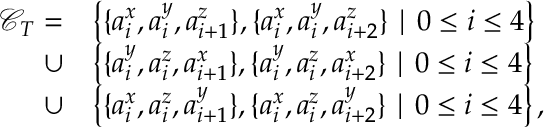
\begin{array} { r l } { \mathcal { C } _ { T } = } & { \left\{ \{ a _ { i } ^ { x } , a _ { i } ^ { y } , a _ { i + 1 } ^ { z } \} , \{ a _ { i } ^ { x } , a _ { i } ^ { y } , a _ { i + 2 } ^ { z } \} \mid 0 \leq i \leq 4 \right\} } \\ { \cup } & { \left\{ \{ a _ { i } ^ { y } , a _ { i } ^ { z } , a _ { i + 1 } ^ { x } \} , \{ a _ { i } ^ { y } , a _ { i } ^ { z } , a _ { i + 2 } ^ { x } \} \mid 0 \leq i \leq 4 \right\} } \\ { \cup } & { \left\{ \{ a _ { i } ^ { x } , a _ { i } ^ { z } , a _ { i + 1 } ^ { y } \} , \{ a _ { i } ^ { x } , a _ { i } ^ { z } , a _ { i + 2 } ^ { y } \} \mid 0 \leq i \leq 4 \right\} , } \end{array}